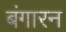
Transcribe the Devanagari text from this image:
बंगारन